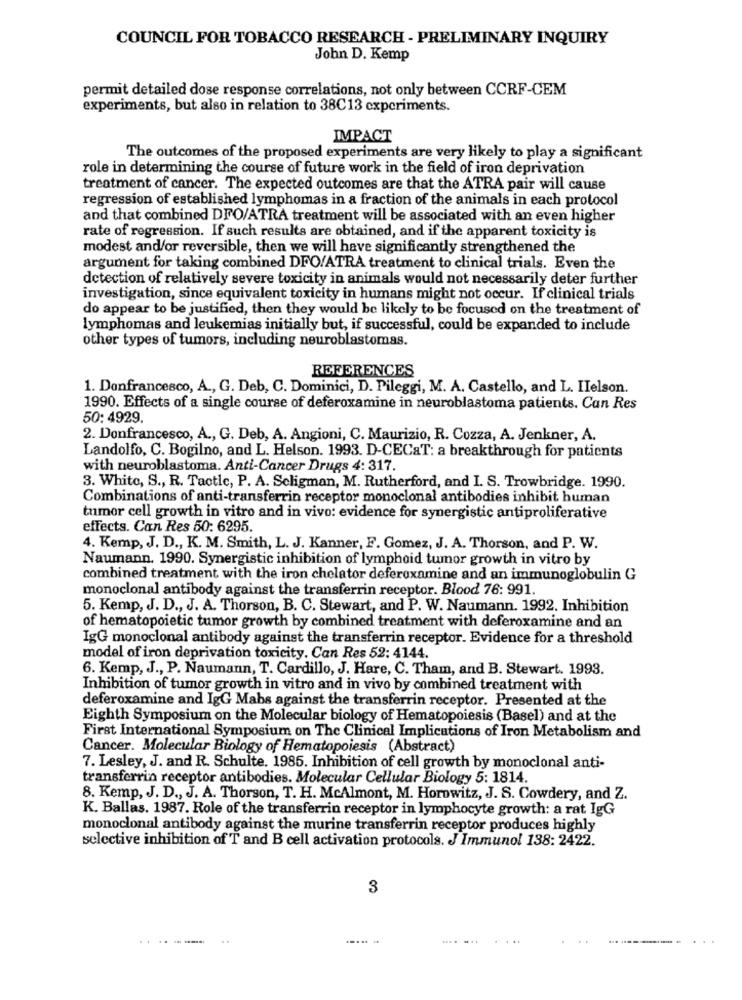
COUNCIL FOR TOBACCO RESEARCH - PRELIMINARY INQUIRY
John D. Kemp
permit detailed dose response correlations, not only between CCRF-CEM
experiments, but also in relation to 38C13 cxpcriments.
IMPACT
The outcomes of the proposed experiments are very likely to play a significant
role in determining the course of future work in the field of iron deprivation
treatment of cancer. The expected outcomes are that the ATRA pair will cause
regression of established lymphomas in a fraction of the animals in each protocol
and that combined DFO/ATRA treatment will be associated with an even higher
rate of regression. If such results are obtained, and if the apparent toxicity is
modest and/or reversible, then we will have significantly strengthened the
argument for taking combined DFO/ATRA treatment to clinical trials. Even the
detection of relatively severe toxicity in animals would not necessarily deter further
investigation, since equivalent toxicity in humans might not occur. If clinical trials
do appear to be justified, then they would be likely to be focused on the treatment of
lymphomas and leukemias initially but, if successful, could be expanded to include
other types of tumors, including neuroblastomas.
REFERENCES
1. Donfrancesco, A ., G. Deb, C. Dominici, D. Pileggi, M. A. Castello, and L. IIelson.
1990. Effects of a single course of deferoxamine in neuroblastoma patients. Can Res
50: 4929.
2. Donfrancesco, A ., G. Deb, A. Angioni, C. Maurizio, R. Cozza, A. Jenkner, A.
Landolfo, C. Bogilno, and L. Helson. 1993. D-CECaT: a breakthrough for patients
with neuroblastoma. Anti-Cancer Drugs 4: 317.
3. White, S ., R. Tactic, P. A. Seligman, M. Rutherford, and I. S. Trowbridge. 1990.
Combinations of anti-transferrin receptor monoclonal antibodies inhibit human
tumor cell growth in vitro and in vivo: evidence for synergistic antiproliferative
effects. Can Res 50: 6295.
4. Kemp, J. D ., K. M. Smith, L. J. Kanner, F. Gomez, J. A. Thorson, and P. W.
Naumann. 1990. Synergistic inhibition of lymphoid tumor growth in vitro by
combined treatment with the iron chelator deferexamine and an immunoglobulin G
monoclonal antibody against the transferrin receptor. Blood 76: 991.
5. Kemp, J. D ., J. A. Thorson, B. C. Stewart, and P. W. Naumann. 1992. Inhibition
of hematopoietic tumor growth by combined treatment with deferoxamine and an
IgG monoclonal antibody against the transferrin receptor. Evidence for a threshold
model of iron deprivation toxicity. Can Res 52: 4144.
6. Kemp, J ., P. Naumann, T. Cardillo, J. Hare, C. Tham, and B. Stewart. 1993.
Inhibition of tumor growth in vitro and in vivo by combined treatment with
deferoxamine and IgG Mabs against the transferrin receptor. Presented at the
Eighth Symposium on the Molecular biology of Hematopoiesis (Basel) and at the
First International Symposium on The Clinical Implications of Iron Metabolism and
Cancer. Molecular Biology of Hematopoiesis (Abstract)
7. Lesley, J. and R. Schulte. 1985. Inhibition of cell growth by monoclonal anti-
transferrin receptor antibodies. Molecular Cellular Biology 5: 1814.
8. Kemp, J. D ., J. A. Thorson, T. H. McAlmont, M. Horowitz, J. S. Cowdery, and Z.
K. Ballas. 1987. Role of the transferrin receptor in lymphocyte growth: a rat IgG
monoclonal antibody against the murine transferrin receptor produces highly
selective inhibition of T and B cell activation protocols. J Immunol 138: 2422.
3
......